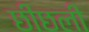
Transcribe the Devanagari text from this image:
छीछली